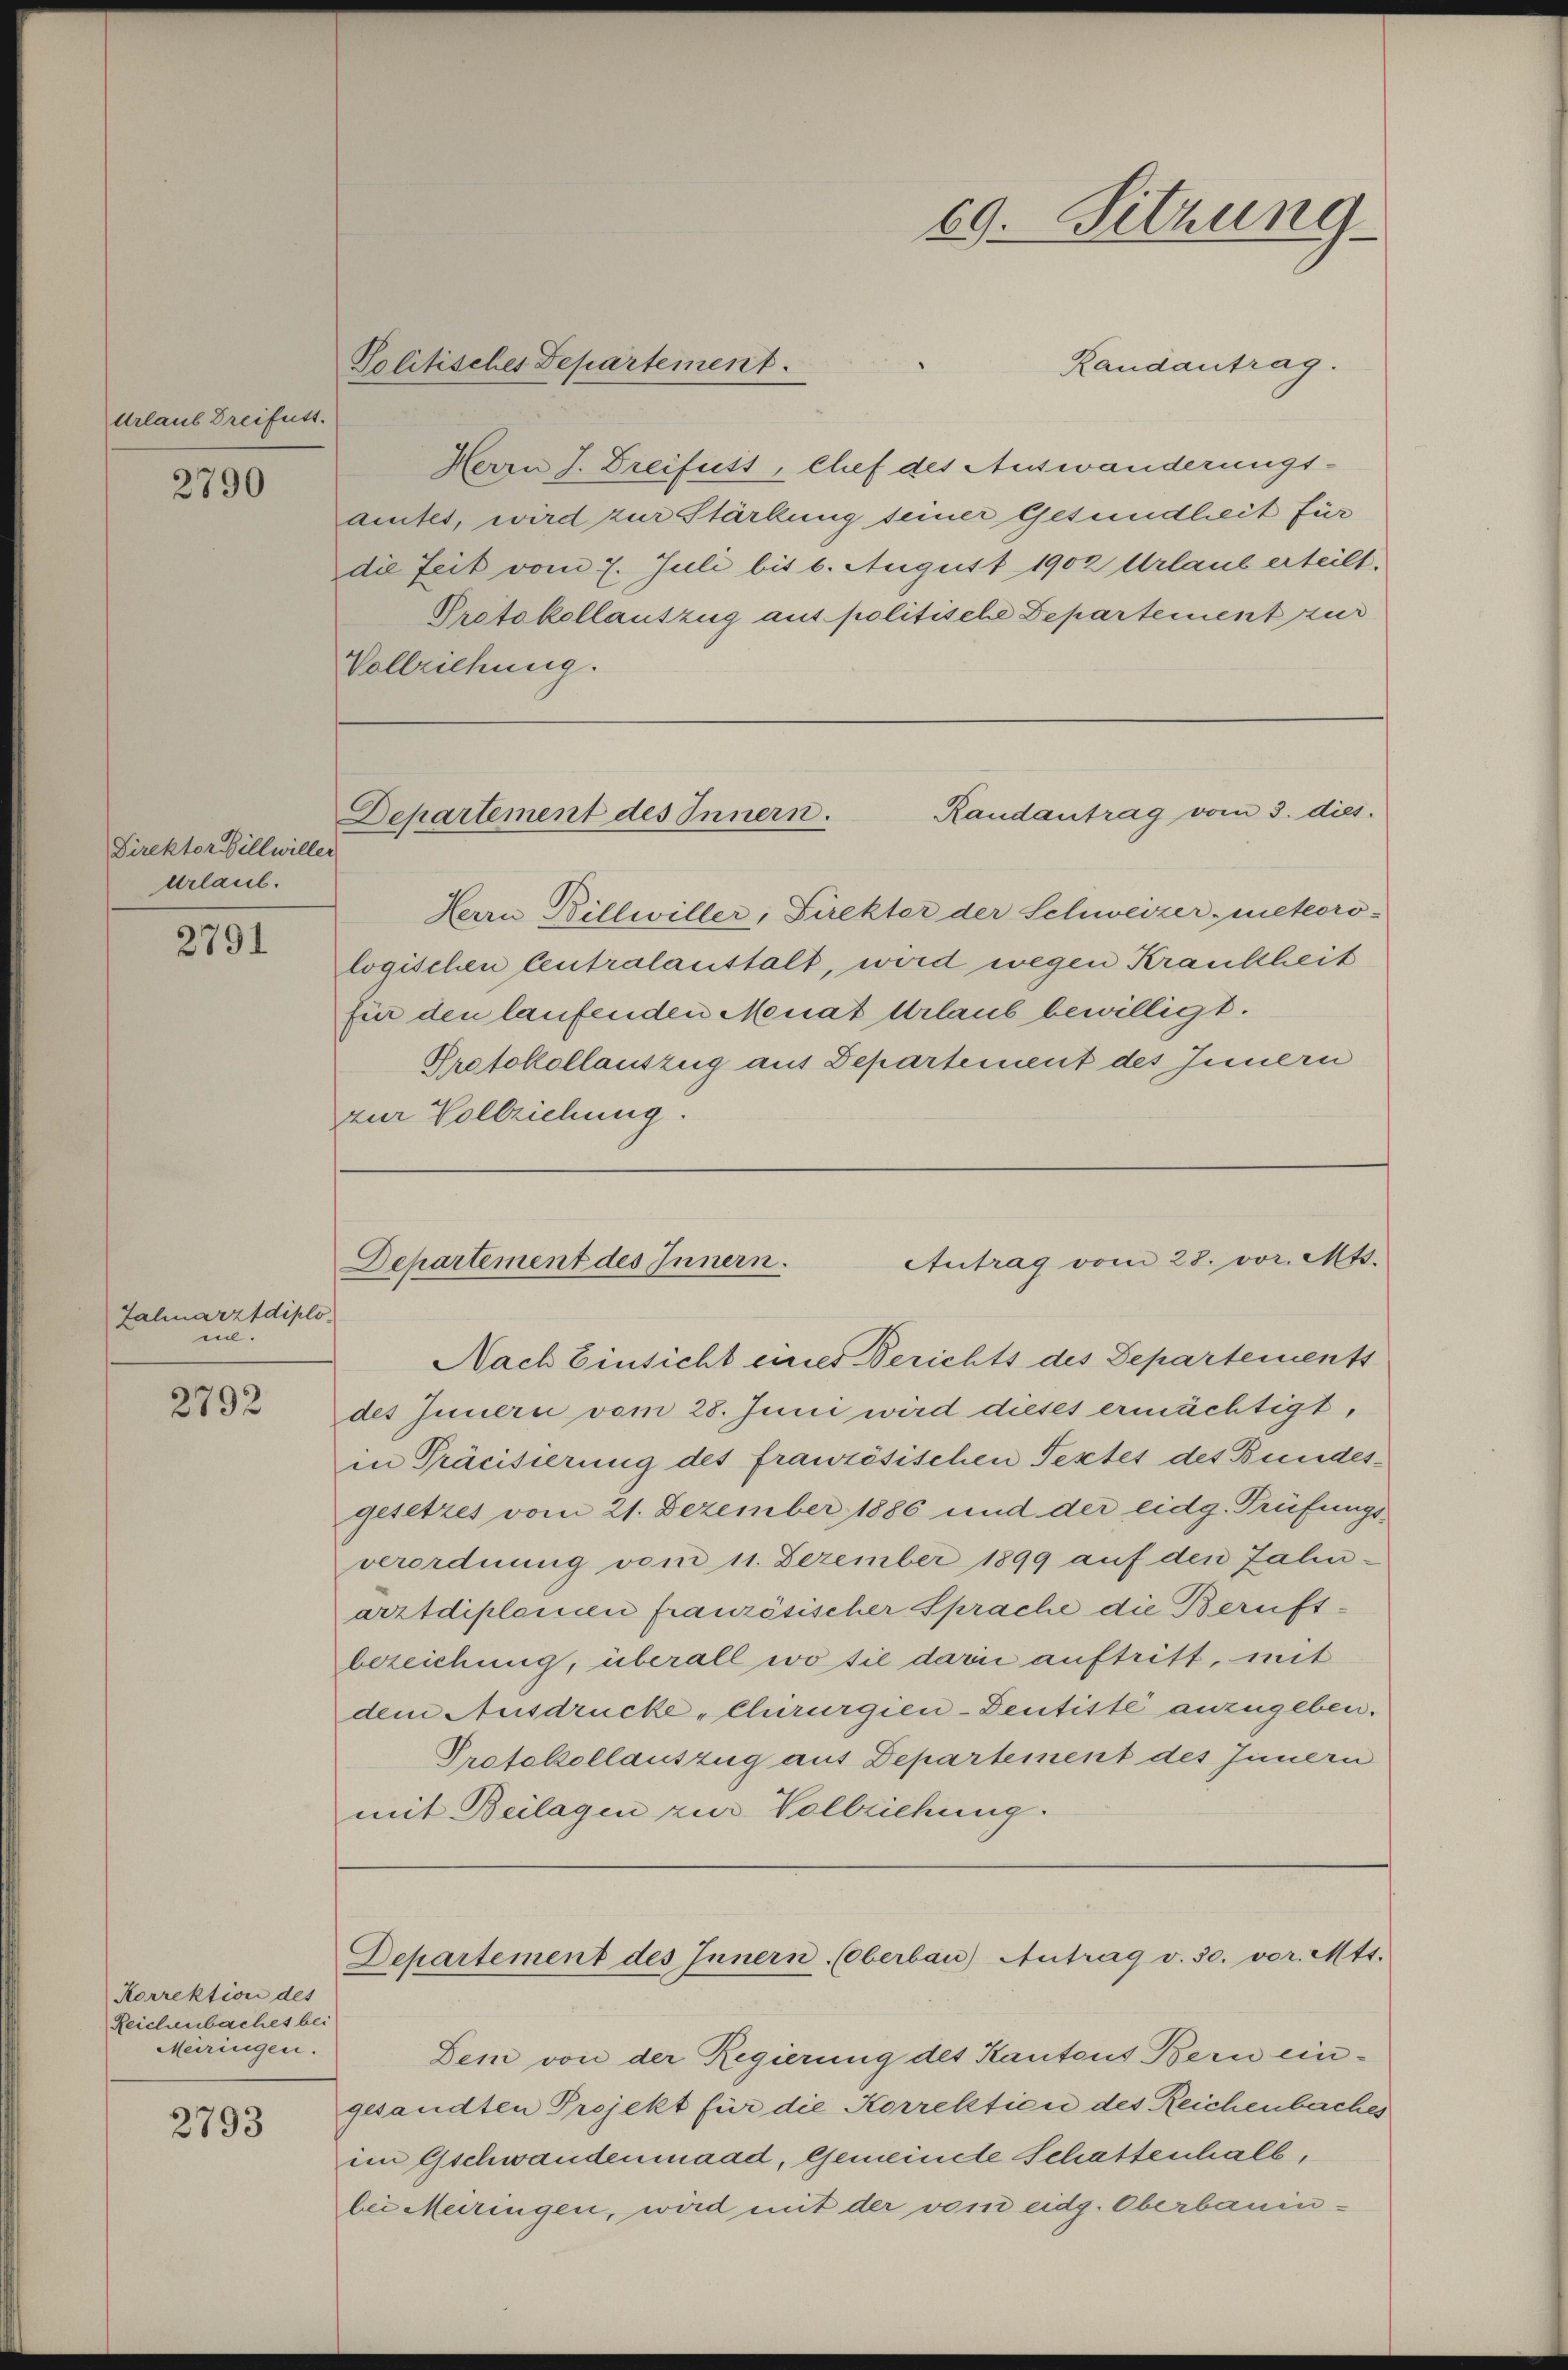
Urlaub Dreifutt.

2790

Direktor Billwiller
Urlaub.

2791

Zahnarztdiplo
eil.

2792

Korrektion des
Reichenbaches bei
Meiringen.

2793

Vollziehung.

Randantrag.
Herrn J. Dreifutt, Chef des Auswanderungs-
amtes, wird zur Stärkung seiner Gesundheit für
die Zeit vom 7. Juli bis 6. August 1902 Urlaub erteilt.
Protokollauszug aus politische Departement zur
Randantrag vom 3. dies
Departement des Innern.
Herrn Billwiller, Direkter der Schweizer-Meteoro-
logischen Centralanstalt, wird wegen Krankheit
für den laufenden Monat Urlaub bewilligt.
Protokollauszug aus Departement des Innern
zur Vollziehung.

Politisches Departement.

69. Sitzung

Antrag vom 28. vor. Mts.
Departement des Innern.

Nach Einsicht eines Berichts des Separtements
des Innern vom 28. Juni wird dieses ermächtigt,
in Präcisierung des französischen Textes des Bundesgesetzes vom 21. Dezember 1886 und der eidg. Prüfungs-
verordnung vom 11. Dezember 1899 auf den Zahn-
arztdiplomen französischer Sprache die Berufsbezeichung, überall wo sie darin auftritt, mit
dem Ausdrücke „Chirurgien-Dentiste anzugeben.
Protokollauszug aus Departement des Innern
mit Beilagen zur Vollziehung.

Dem von der Regierung des Kantons Bern eingesandten Projekt für die Korrektion des Reichenbaches
im Gschwandenmaad, Gemeinde Schattenhalb,
bei Meiringen, wird mit der vom eidg. Oberbauen¬

Dchartement des Innern (Oberbau) Antrag v. 30. vor. Mts.